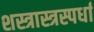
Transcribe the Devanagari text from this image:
शस्त्रास्त्रस्पर्धा